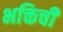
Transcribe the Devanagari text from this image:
भक्तिची